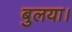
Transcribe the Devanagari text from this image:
बुलया।